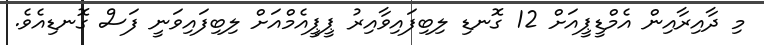
މި ދާއިރާއިން އެމްޑީޕީއަށް 12 ގޮނޑި ލިބިފައިވާއިރު ޕީޕީއެމްއަށް ލިބިފައިވަނީ ފަސް ގޮނޑިއެވެ.